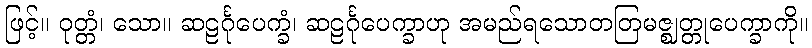
ဖြင့်။ ဝုတ္တံ၊ သော။ ဆဠင်္ဂုပေက္ခံ၊ ဆဠင်္ဂုပေက္ခာဟု အမည်ရသောတတြမဇ္ဈတ္တုပေက္ခာကို။